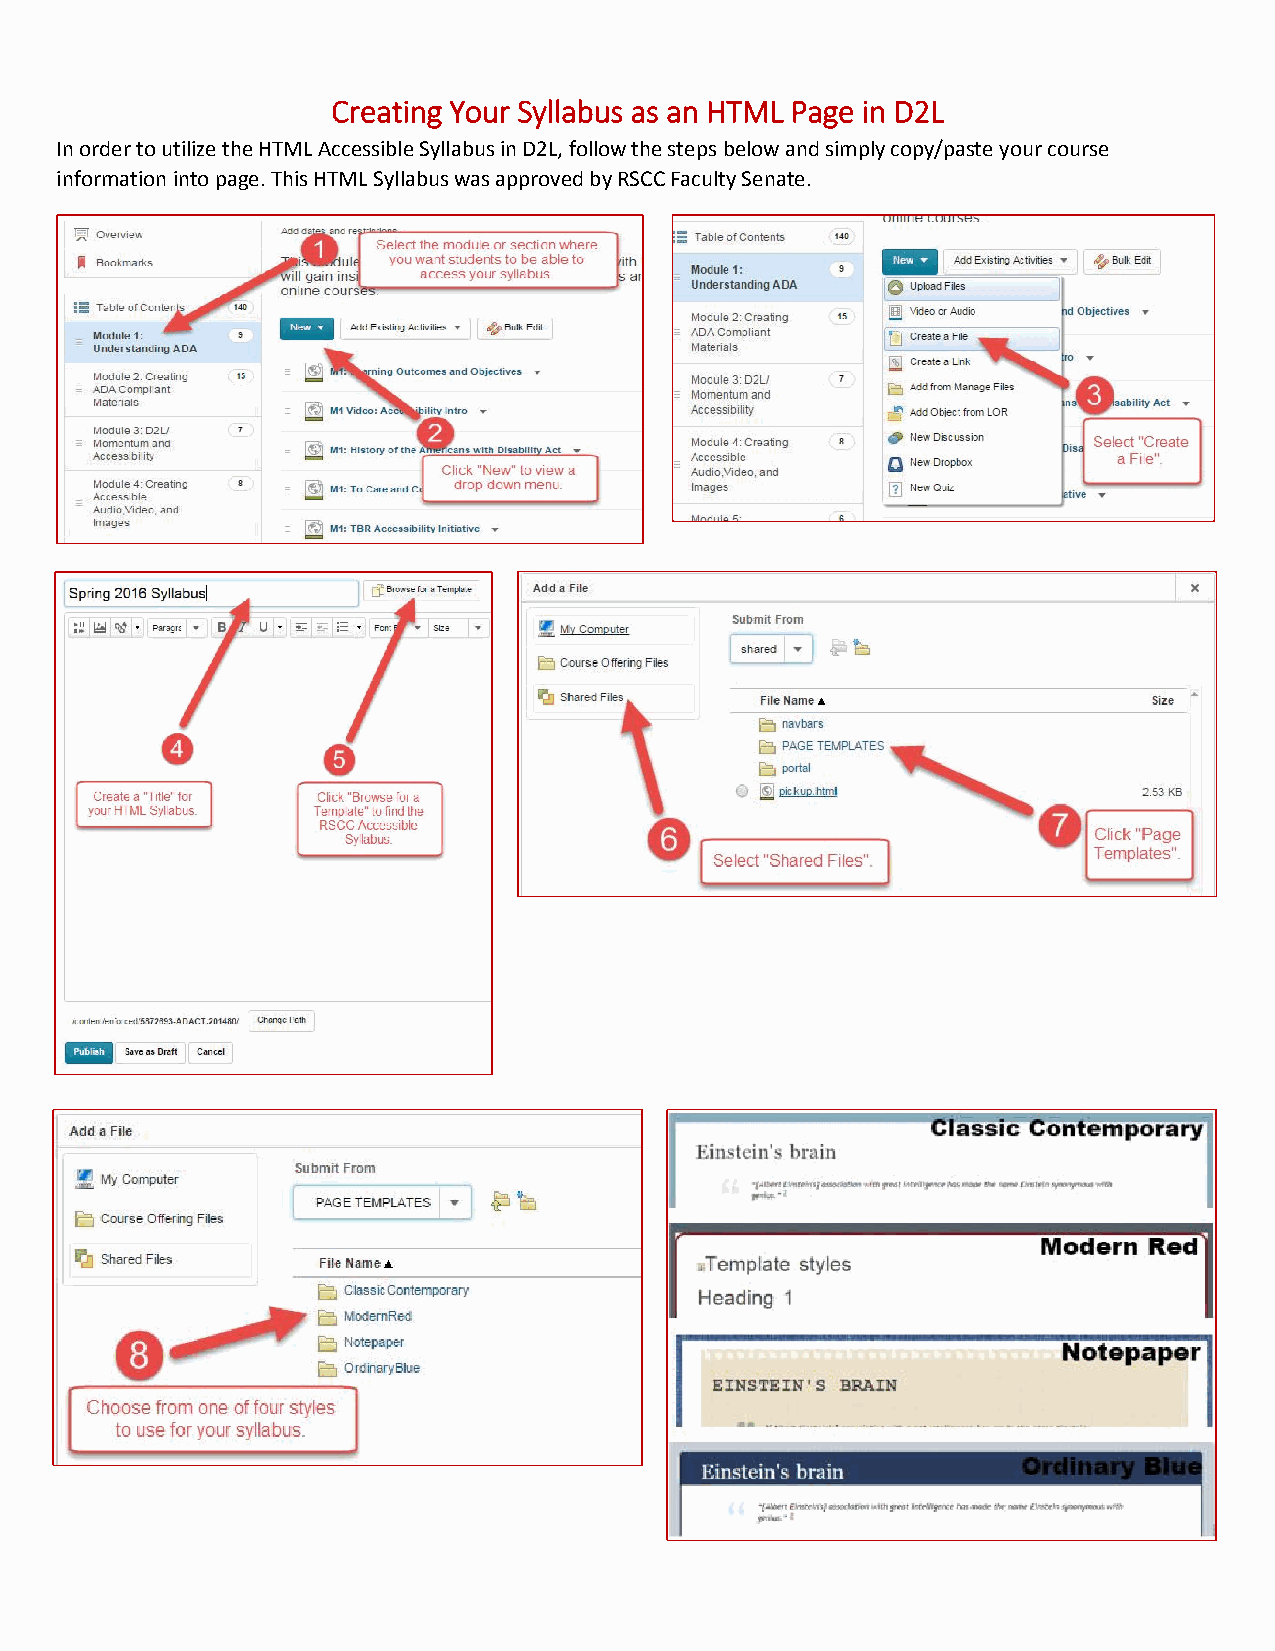
Creating Your Syllabus as an HTML Page in D2L
 In order to utilize the HTML Accessible Syllabus in D2L, follow the steps below and simply copy/paste your course
 information into page. This HTML Syllabus was approved by RSCC Faculty Senate.